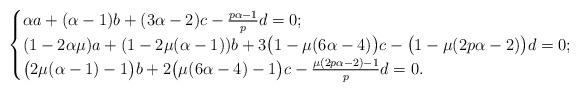
LaTeX: \begin{align*}\begin{cases}\alpha a+(\alpha-1)b+(3\alpha-2)c-\frac{p\alpha-1}{p}d=0;\\(1-2\alpha\mu)a+(1-2\mu(\alpha-1))b+3\big(1-\mu(6\alpha-4)\big)c-\big(1-\mu(2p\alpha-2)\big)d=0;\\\big(2\mu(\alpha-1)-1\big)b+2\big(\mu(6\alpha-4)-1\big)c-\frac{\mu(2p\alpha-2)-1}{p}d=0.\end{cases}\end{align*}